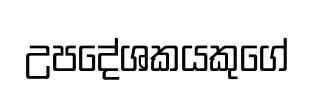
උපදේශකයකුගේ